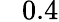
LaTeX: \phantom{+}0.4